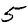
Digit: 5